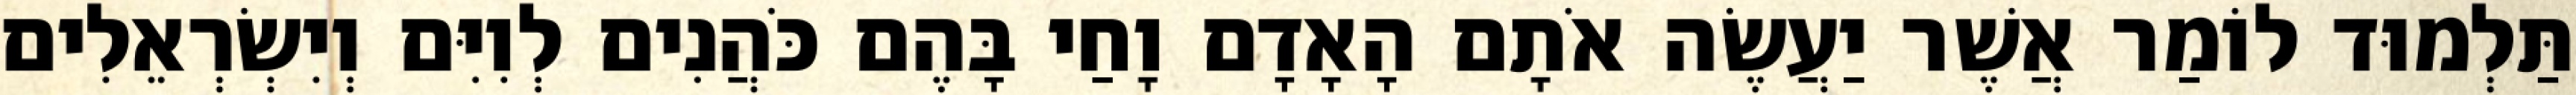
תַּלְמוּד לוֹמַר אֲשֶׁר יַעֲשֶׂה אֹתָם הָאָדָם וָחַי בָּהֶם כֹּהֲנִים לְוִיִּם וְיִשְׂרְאֵלִים